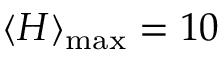
\langle H \rangle _ { \mathrm { m a x } } = 1 0